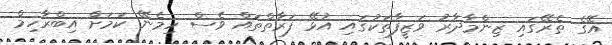
އޭގެ ތެރޭގައި ޒިންމާދާރު ވަޒީފާތަކުގައި އުޅޭ ފަރާތްތައް ވެސް ހިމެނޭ ކަމަށް އިބްރާހިމް